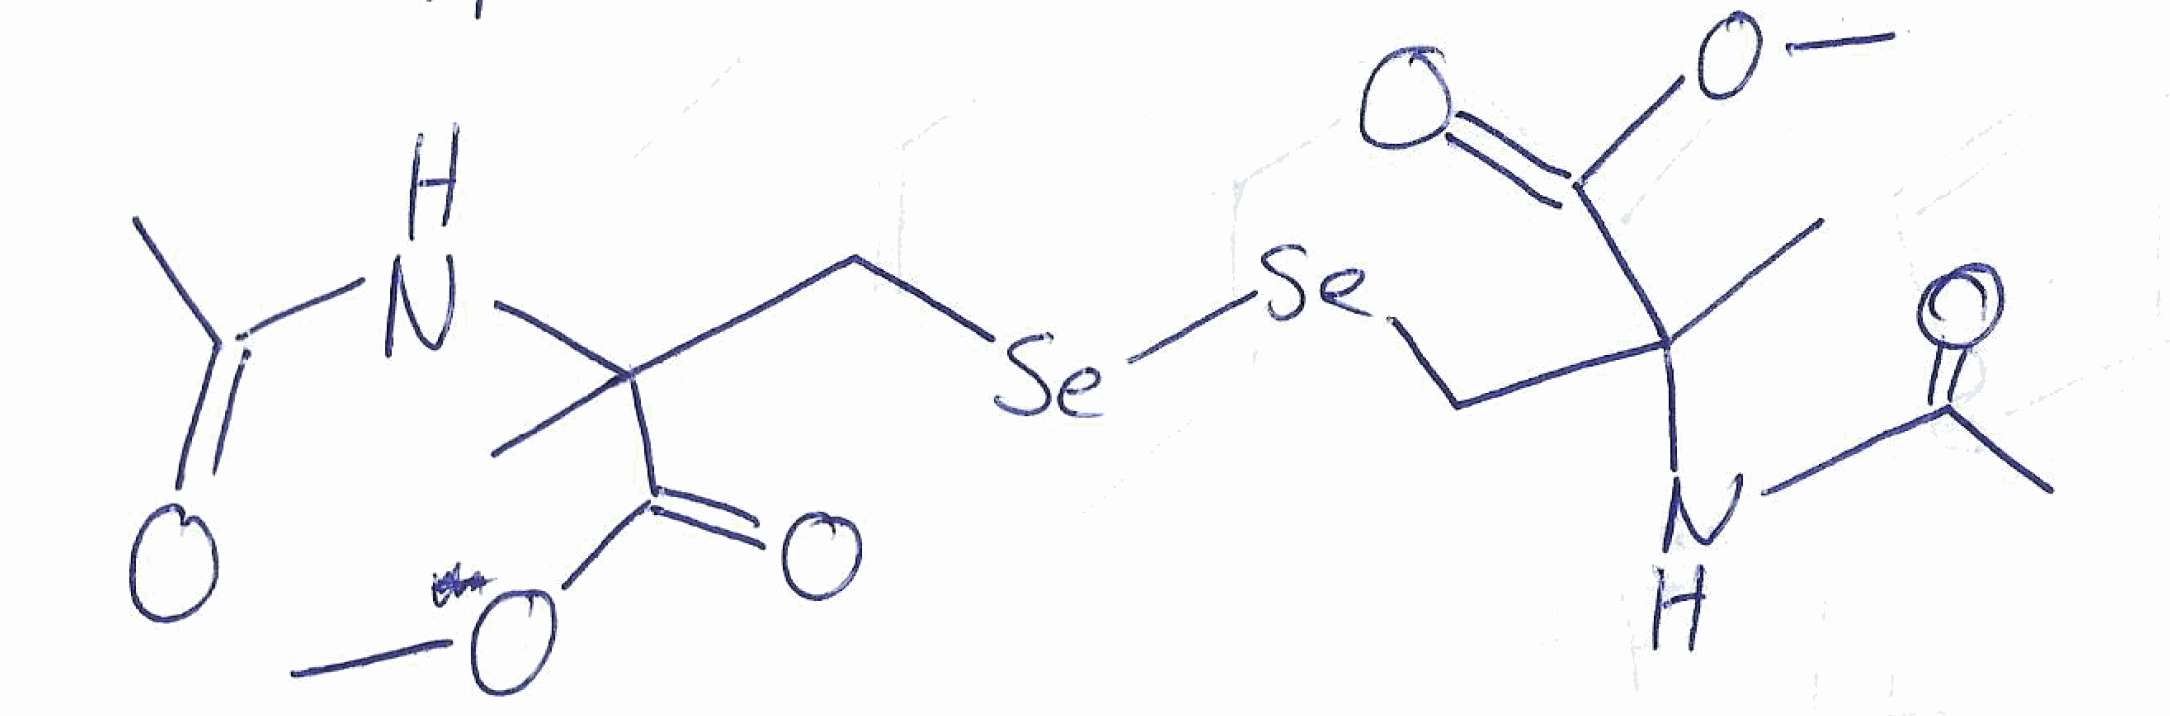
Simplified molecular-input line-entry system (SMILES) notation of the given molecule:
CC(=O)NC(C)(C[Se][Se]CC(C)(C(=O)OC)NC(=O)C)C(=O)OC